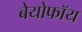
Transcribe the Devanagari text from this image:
बेयोफॉय